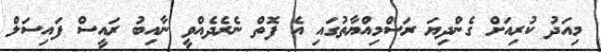
މިއަދު ކުރިއަށް ގެންދިޔަ ރަސްމިއްޔާތުގައި އެ ފޮތް ނެރެދެއްވީ ނާއިބު ރައީސް ފައިސަލް